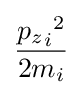
{\frac {{{p_{z}}_{i}}^{2}}{{2m}_{i}}}